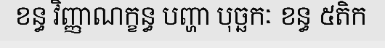
ខន្ធ វិញ្ញាណក្ខន្ធ បញ្ហា បុច្ឆកៈ ខន្ធ ៥តិក